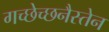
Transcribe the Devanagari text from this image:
गच्छेच्छनैस्तेन